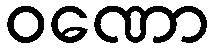
ဝဏော